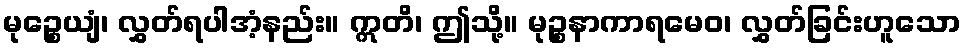
မုဉ္စေယျံ၊ လွှတ်ရပါအံ့နည်း။ ဣတိ၊ ဤသို့။ မုဉ္စနာကာရမေဝ၊ လွှတ်ခြင်းဟူသော